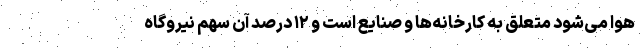
هوا می‌شود متعلق به کارخانه‌ها و صنایع است و ۱۲ درصد آن سهم نیروگاه